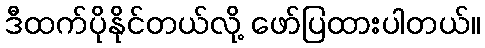
ဒီထက်ပိုနိုင်တယ်လို့ ဖော်ပြထားပါတယ်။